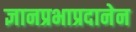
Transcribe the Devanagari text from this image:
ज्ञानप्रभाप्रदानेन